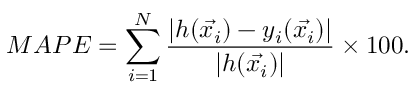
M A P E = \sum _ { i = 1 } ^ { N } \frac { \lvert h ( \vec { x _ { i } } ) - y _ { i } ( \vec { x _ { i } } ) \rvert } { \lvert h ( \vec { x _ { i } } ) \rvert } \times 1 0 0 .